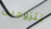
تتزوجين